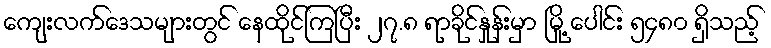
ကျေးလက်ဒေသများတွင် နေထိုင်ကြပြီး ၂၇.၈ ရာခိုင်နှုန်းမှာ မြို့ ပေါင်း ၅၄၈၀ ရှိသည့်